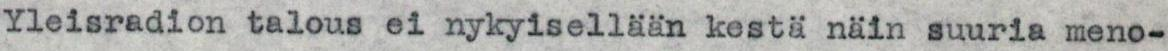
Yleisradion talous ei nykyisellään kestä näin suuria meno-